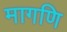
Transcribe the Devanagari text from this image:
मागणि